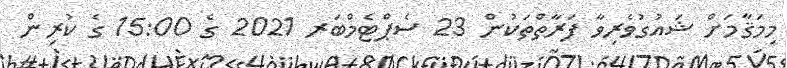
މިމަޤާމަށް ޝައުގުވެރިވާ ފަރާތްތަކުން 23 ސެޕްޓެމްބަރ 2021 ގެ 15:00 ގެ ކުރިން